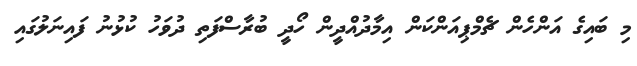
މި ބައިގެ އަންހެން ޗެމްޕިއަންކަން އިމާދުއްދީން ހޯދީ ބުރާސްފަތި ދުވަހު ކުޅުނު ފައިނަލުގައި